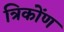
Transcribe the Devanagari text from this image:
त्रिकोंण